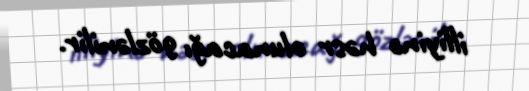
illiyinə həsr olunacağı gözlənilir.